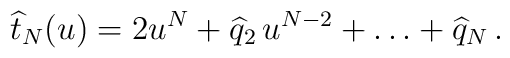
\widehat t_N(u)=2u^N+\widehat q_2\,u^{N-2}+\ldots+\widehat q_N\,.